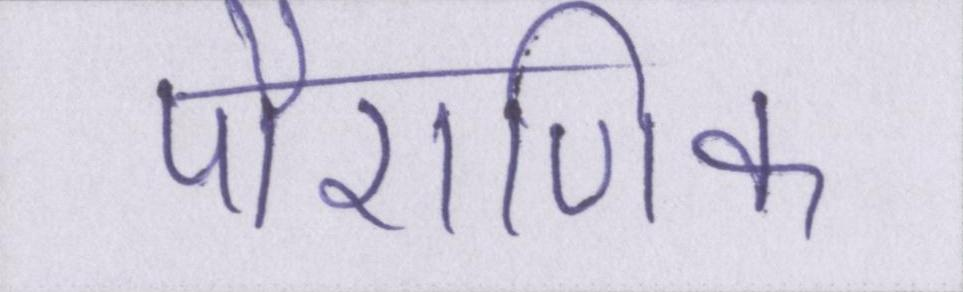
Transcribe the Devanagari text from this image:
पौराणिक